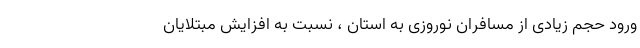
ورود حجم زیادی از مسافران نوروزی به استان ، نسبت به افزایش مبتلایان